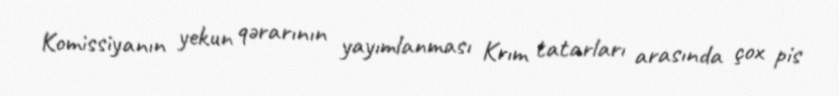
Komissiyanın yekun qərarının yayımlanması Krım tatarları arasında çox pis